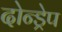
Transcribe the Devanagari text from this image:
दोन्ड्रेप